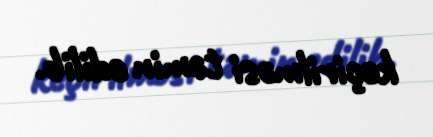
keçirilməsi təmin edilib.